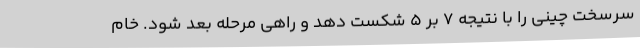
سرسخت چینی را با نتیجه 7 بر 5 شکست دهد و راهی مرحله بعد شود. خام